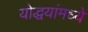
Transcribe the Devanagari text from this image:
योद्धयांमध्ये